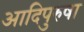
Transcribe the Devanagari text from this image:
आदिपुरुषा